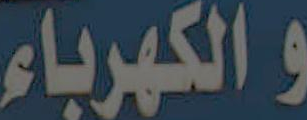
والكهرباء